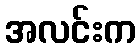
အလင်းက